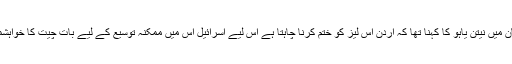
ایک بیان میں نیتن یاہو کا کہنا تھا کہ اردن اس لیز کو ختم کرنا چاہتا ہے اس لیے اسرائیل اس میں ممکنہ توسیع کے لیے بات چیت کا خواہشمند ہے۔